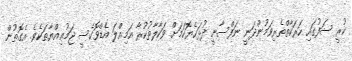
ކުރީ ސަފުގައި ހަރަކާތްތެރިވަމުންދަނީ ނަފްސާނީ ދުޅަހެޔޮކަމަށް ވަކާލާތުކުރާ އަމިއްލަ އެޑްވޮކެސީ ޖަމުޢިއްޔާތަކެވެ. އެގޮތުން